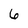
Character: 6